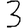
Digit: 3